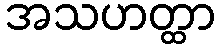
အသဟတ္ထာ